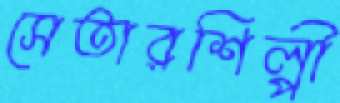
সেতারশিল্পী